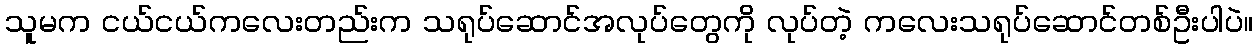
သူမက ငယ်ငယ်ကလေးတည်းက သရုပ်ဆောင်အလုပ်တွေကို လုပ်တဲ့ ကလေးသရုပ်ဆောင်တစ်ဦးပါပဲ။